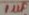
Text: 1µf